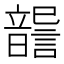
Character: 𩐶